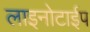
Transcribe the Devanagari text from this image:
लाइनोटाईप